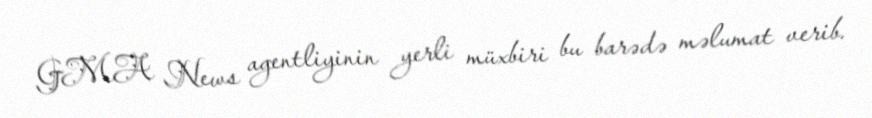
GMA News agentliyinin yerli müxbiri bu barədə məlumat verib.